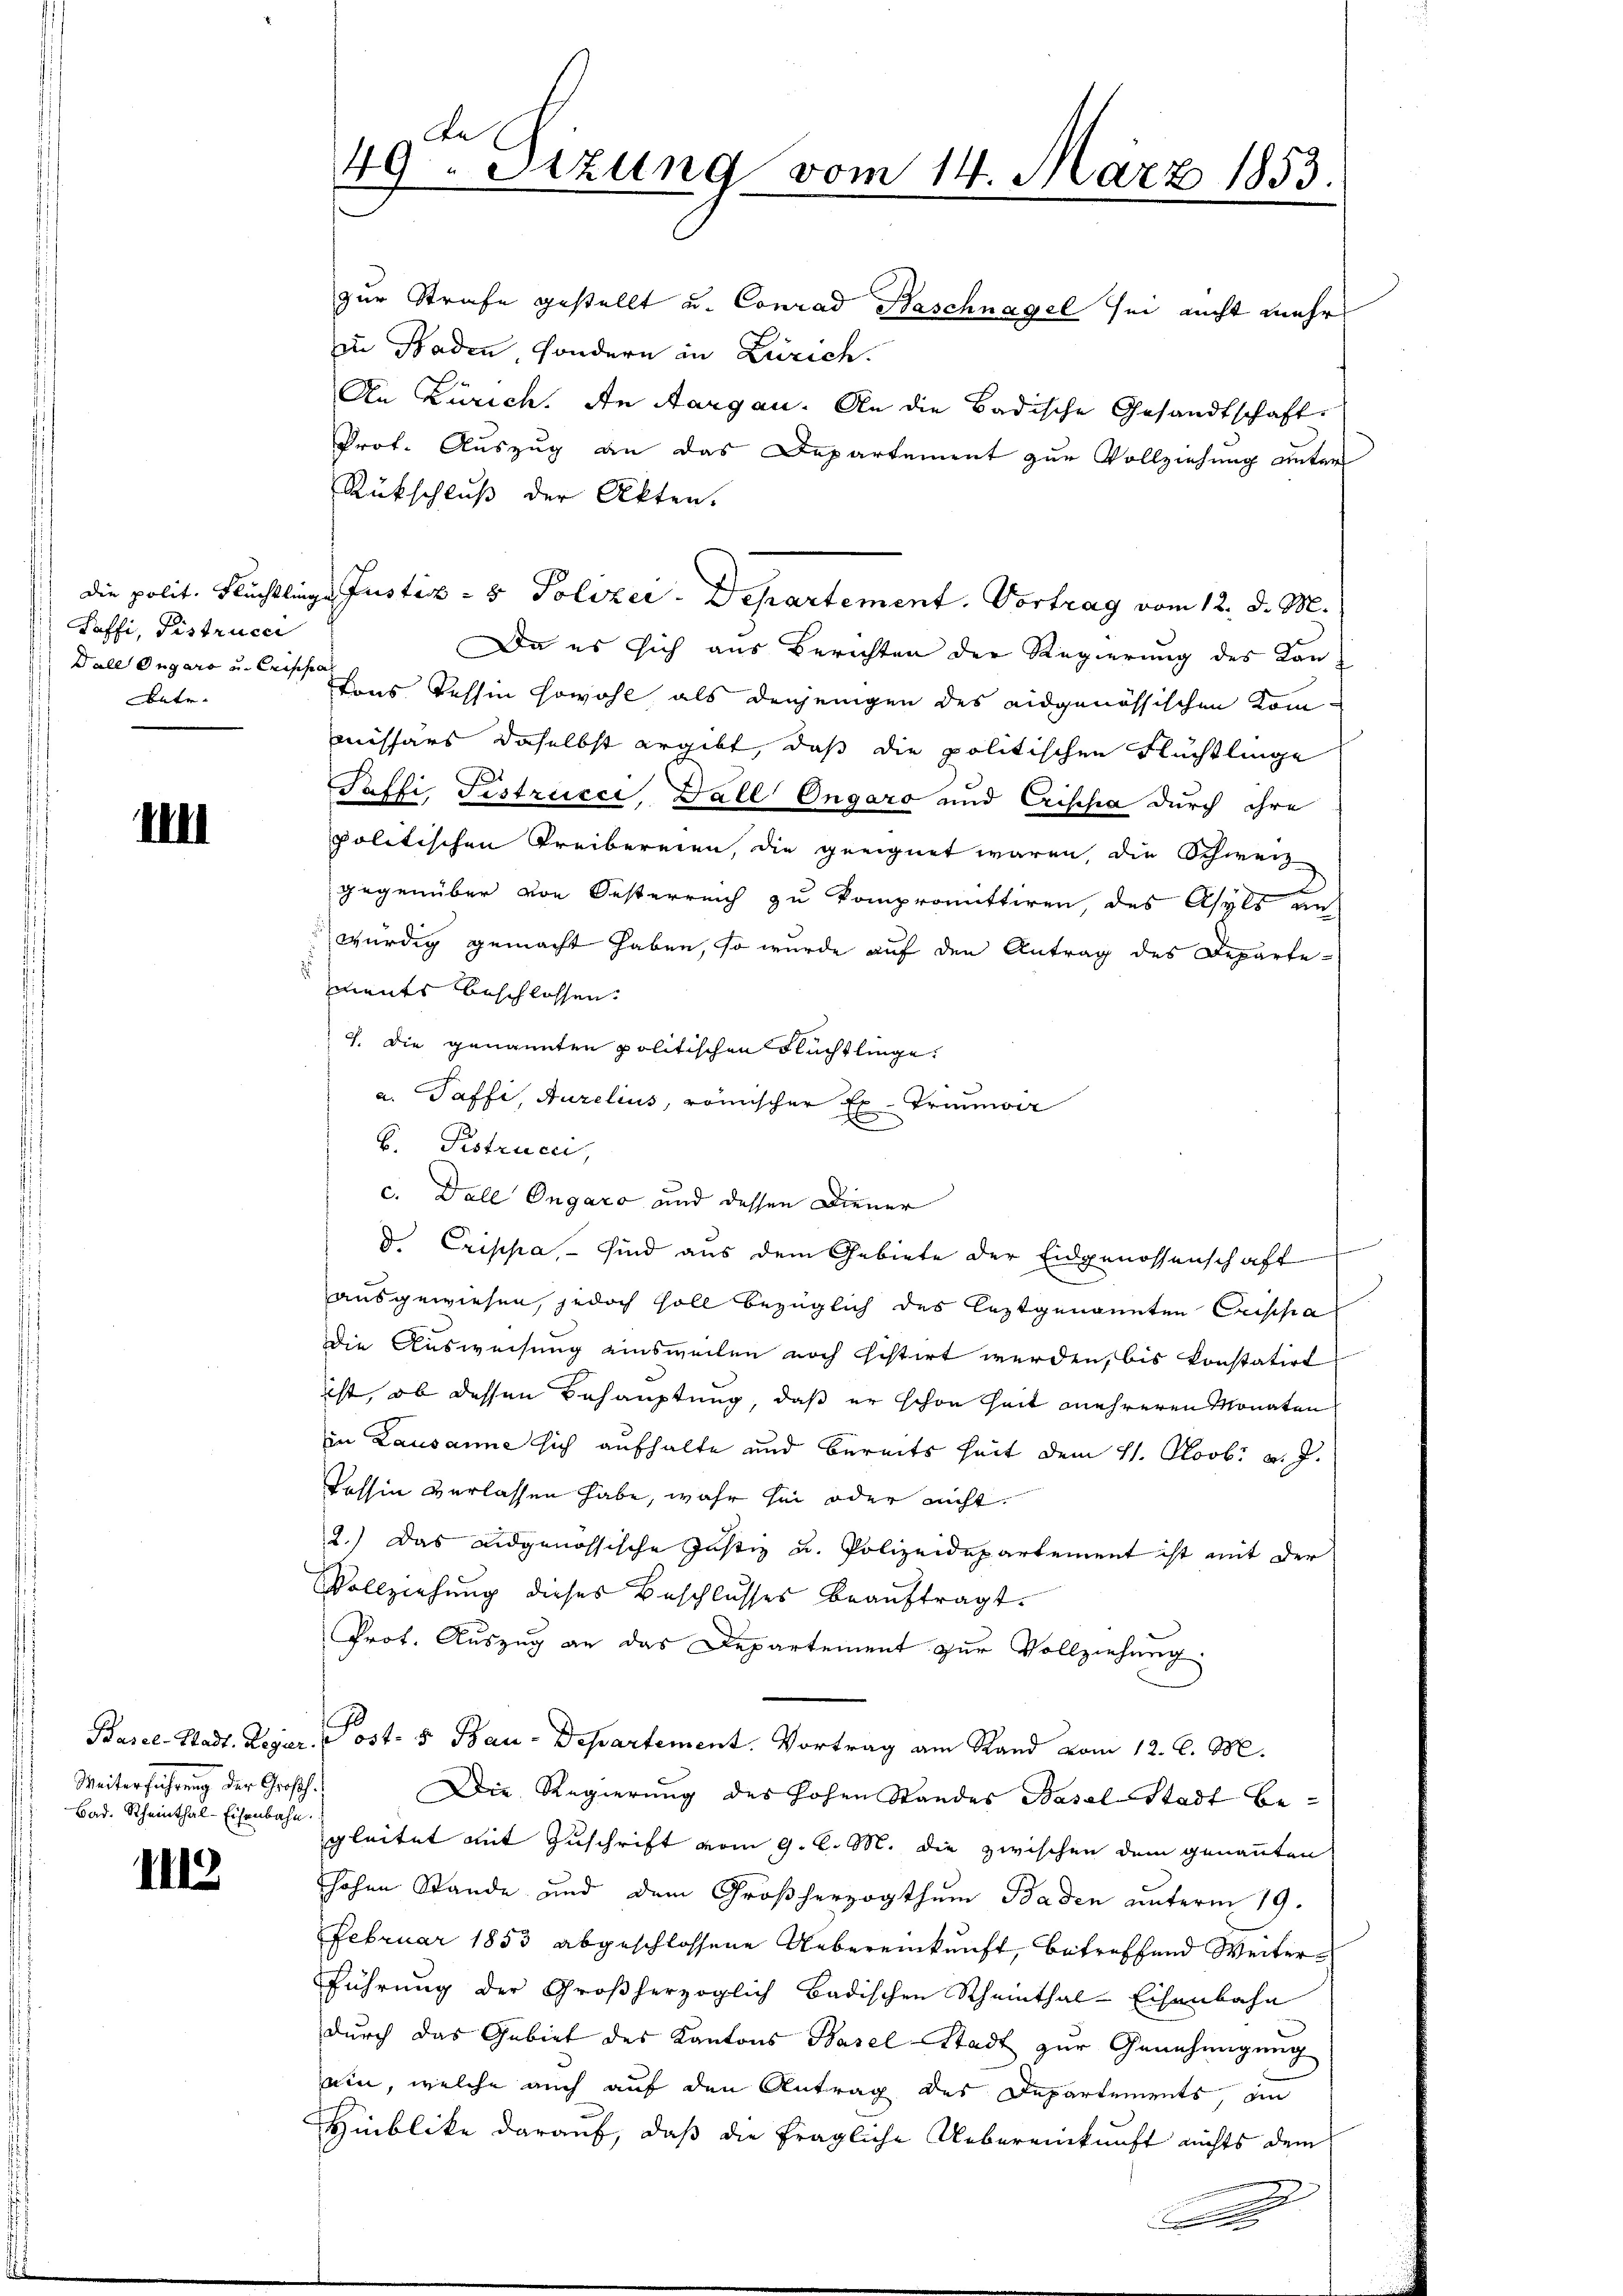
Saffi, Pistructi
Fall Ougaro und Crischa
nte.

In

Weiterführung der Großh.
Bad. Rheinthal-Eisenbahn.

III2

zur Strafe gestellt u. Conrad Haschnagel sei nicht mehr
zu Baden, sondern in Zürich.
An Zürich. An Aargau. An die Badische Gesandtschaft.
Prot. Auszug an das Departement zur Vollziehung unter
Rückschluß der Akten.
die polit. Flüchtlinge Justiz- & Polizei-Departement. Vortrag vom 12. d. M.
Da es sich aus Berichten der Regierung des Kantons Tessin sowohl als denjenigen des eidgenössischen Kom
missärs daselbst ergibt, daß die politischen Flüchtlinge
Saffi Festrucci, Dall Ongaro und Crischa durch ihre
politischen Freibereien, die geeignet waren, die Schweiz
gegenüber von Oesterreich zu kompromittiren, das Asyls unt
würdig gemacht haben, so wurde auf den Antrag des Departe-
.
ments beschlossen:
7. die genannten politischen Flüchtlinge.
a. Taffi, Auzelius, römischer Ex- Trimvir
B. Pistrucci,
c. Dall Ongaro und dessen Diener
d. Crippa, – sind aus dem Gebiete der Eidgenossenschaft
ausgewiesen, jedoch soll bezüglich des leztgenannten Crischa
Die Ausweisung einsweilen noch histirt werden, bis konstatirt
ist, ob dessen Behauptung, daß er schon Zeit mehreren Monaten
in Lausanne sich aufhalte und bereits heit dem 11. Novbr v. J.
Tessin verlassen habe, wahr sei oder nicht
2.) Das eidgenössische Justiz u. Polizeidepartement ist mit der
Vollziehung dieses Beschlusses beaŭftragt.
Prot. Auszug an das Departement zur Vollziehung.
Basel-Stadt. Leger, Post- 5 Bau-Departement. Vortrag am Rand vom 12. l. M.
Die Regierung des hohen Standes Basel-Stadt begleitet mit Zuschrift vom 9. d. M. die zwischen dem genannten
hohen Stande und dem Großherzogthum Baden unterm 19.
Februar 1853 abgeschlossene Uebereinkunft, betreffend Weiterführung der Großherzoglich badischen Rheinthal-Eisenbahn
durch das Gebiet des Kantons Basel-Stadt zur Genehmigung
ein, welche auch auf den Antrag des Departements, an
Hinblike darauf, daß die fragliche Uebereinkunft nichts dem
e

Be
49. Sizung vom 14. März 1853.